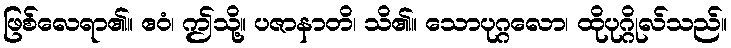
ဖြစ်လေရာ၏။ ဧဝံ၊ ဤသို့။ ပဇာနာတိ၊ သိ၏။ သောပုဂ္ဂလော၊ ထိုပုဂ္ဂိုလ်သည်။